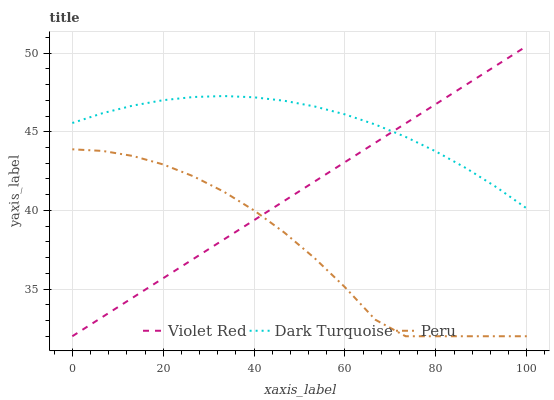
| xaxis_label | Violet Red | Dark Turquoise | Peru |
 | --- | --- | --- | --- |
 | 0 | 32 | 45.6 | 43.9 |
 | 6.67 | 33.2 | 46.2 | 43.8 |
 | 13.3 | 34.5 | 46.7 | 43.5 |
 | 20 | 35.7 | 47 | 42.9 |
 | 26.7 | 36.9 | 47.2 | 42.2 |
 | 33.3 | 38.2 | 47.3 | 41.2 |
 | 40 | 39.4 | 47.2 | 40 |
 | 46.7 | 40.6 | 47 | 38.6 |
 | 53.3 | 41.8 | 46.6 | 37 |
 | 60 | 43.1 | 46.1 | 35.1 |
 | 66.7 | 44.3 | 45.5 | 33.1 |
 | 73.3 | 45.5 | 44.7 | 32 |
 | 80 | 46.8 | 43.7 | 32 |
 | 86.7 | 48 | 42.7 | 32 |
 | 93.3 | 49.2 | 41.5 | 32 |
 | 100 | 50.5 | 40.1 | 32 |